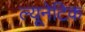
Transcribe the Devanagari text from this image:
ल्यूनेटिक